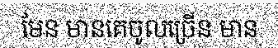
មែន មានគេចូលច្រើន មាន